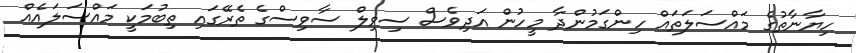
ހިޔާނާތުގެ މައްސަލަތައް ހިންގަމުންދާ މީހުން އަދިވެސް ސިވިލް ސާވިސްގެ ތެރޭގައި ތިބުމަކީ މައްސަލައެއް